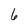
Character: 6